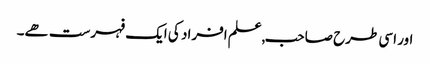
اور اسی طرح صاحب,علم افراد کی ایک فہرست ھے۔